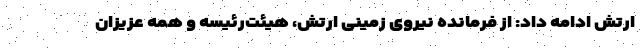
ارتش ادامه داد: از فرمانده نیروی زمینی ارتش، هیئت‌رئیسه و همه عزیزان